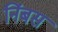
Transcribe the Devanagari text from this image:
निंबस